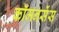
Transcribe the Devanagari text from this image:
कॉमनसेंस